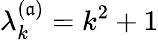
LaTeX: \lambda_{k}^{(\mathfrak{a})}=k^{2}+1